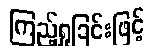
ကြည့်ရှုခြင်းဖြင့်